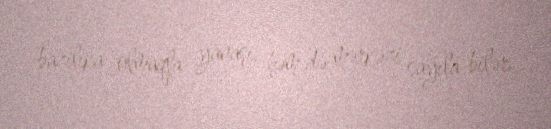
bazilika olmaqla yanaşı, həm də mərkəzi sayıla bilər.